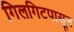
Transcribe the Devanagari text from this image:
गिलगिटपासून